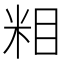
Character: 𱸷